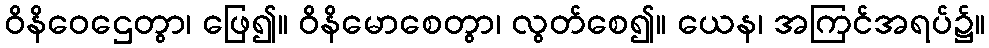
ဝိနိဝေဌေတွာ၊ ဖြေ၍။ ဝိနိမောစေတွာ၊ လွတ်စေ၍။ ယေန၊ အကြင်အရပ်၌။